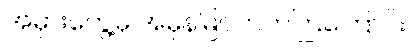
အမှားတွေ့မှ အမှန်မြင်တတ်ကြကြောင်း။